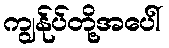
ကျွန်ုပ်တို့အပေါ်